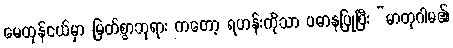
မေထုန်ငယ်မှာ မြတ်စွာဘုရား ကတော့ ရဟန်းကိုသာ ပဓာနပြုပြီး “မာတုဂါမ၏